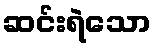
ဆင်းရဲသော